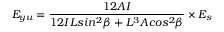
E _ { y u } = \frac { 1 2 A I } { 1 2 I L s i n ^ { 2 } \beta + L ^ { 3 } A c o s ^ { 2 } \beta } \times { E _ { s } }